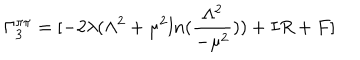
\Gamma _ { 3 } ^ { \pi \pi } = [ - 2 \lambda ( \Lambda ^ { 2 } + \mu ^ { 2 } l n ( \frac { \Lambda ^ { 2 } } { - \mu ^ { 2 } } ) ) + I R + F ]